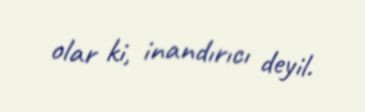
olar ki, inandırıcı deyil.